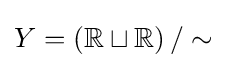
Y=\left(\mathbb {R} \sqcup \mathbb {R} \right)/\sim